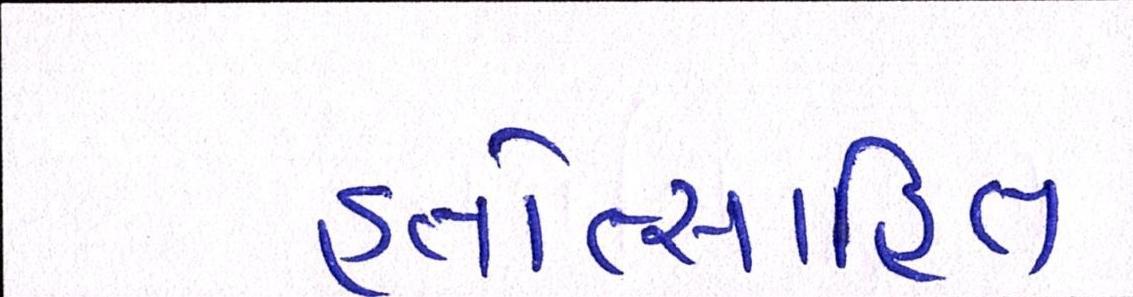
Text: હતોત્સાહિત